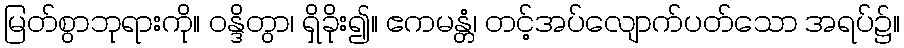
မြတ်စွာဘုရားကို။ ဝန္ဒိတွာ၊ ရှိခိုး၍။ ဧကမန္တံ၊ တင့်အပ်လျောက်ပတ်သော အရပ်၌။